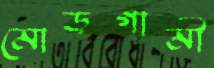
মোড়গামী